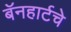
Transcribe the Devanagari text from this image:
बॅनहार्टचे